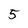
Character: 5